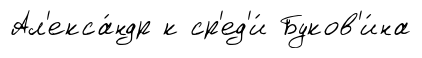
Ал'екса́ндр к ср'ед'и́ Буков'и́на